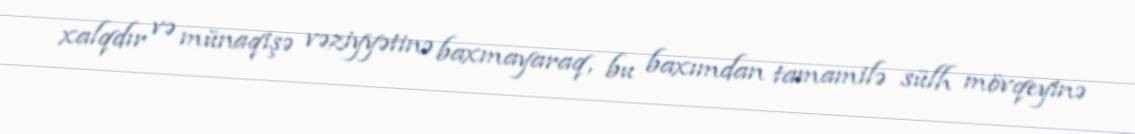
xalqdır və münaqişə vəziyyətinə baxmayaraq, bu baxımdan tamamilə sülh mövqeyinə